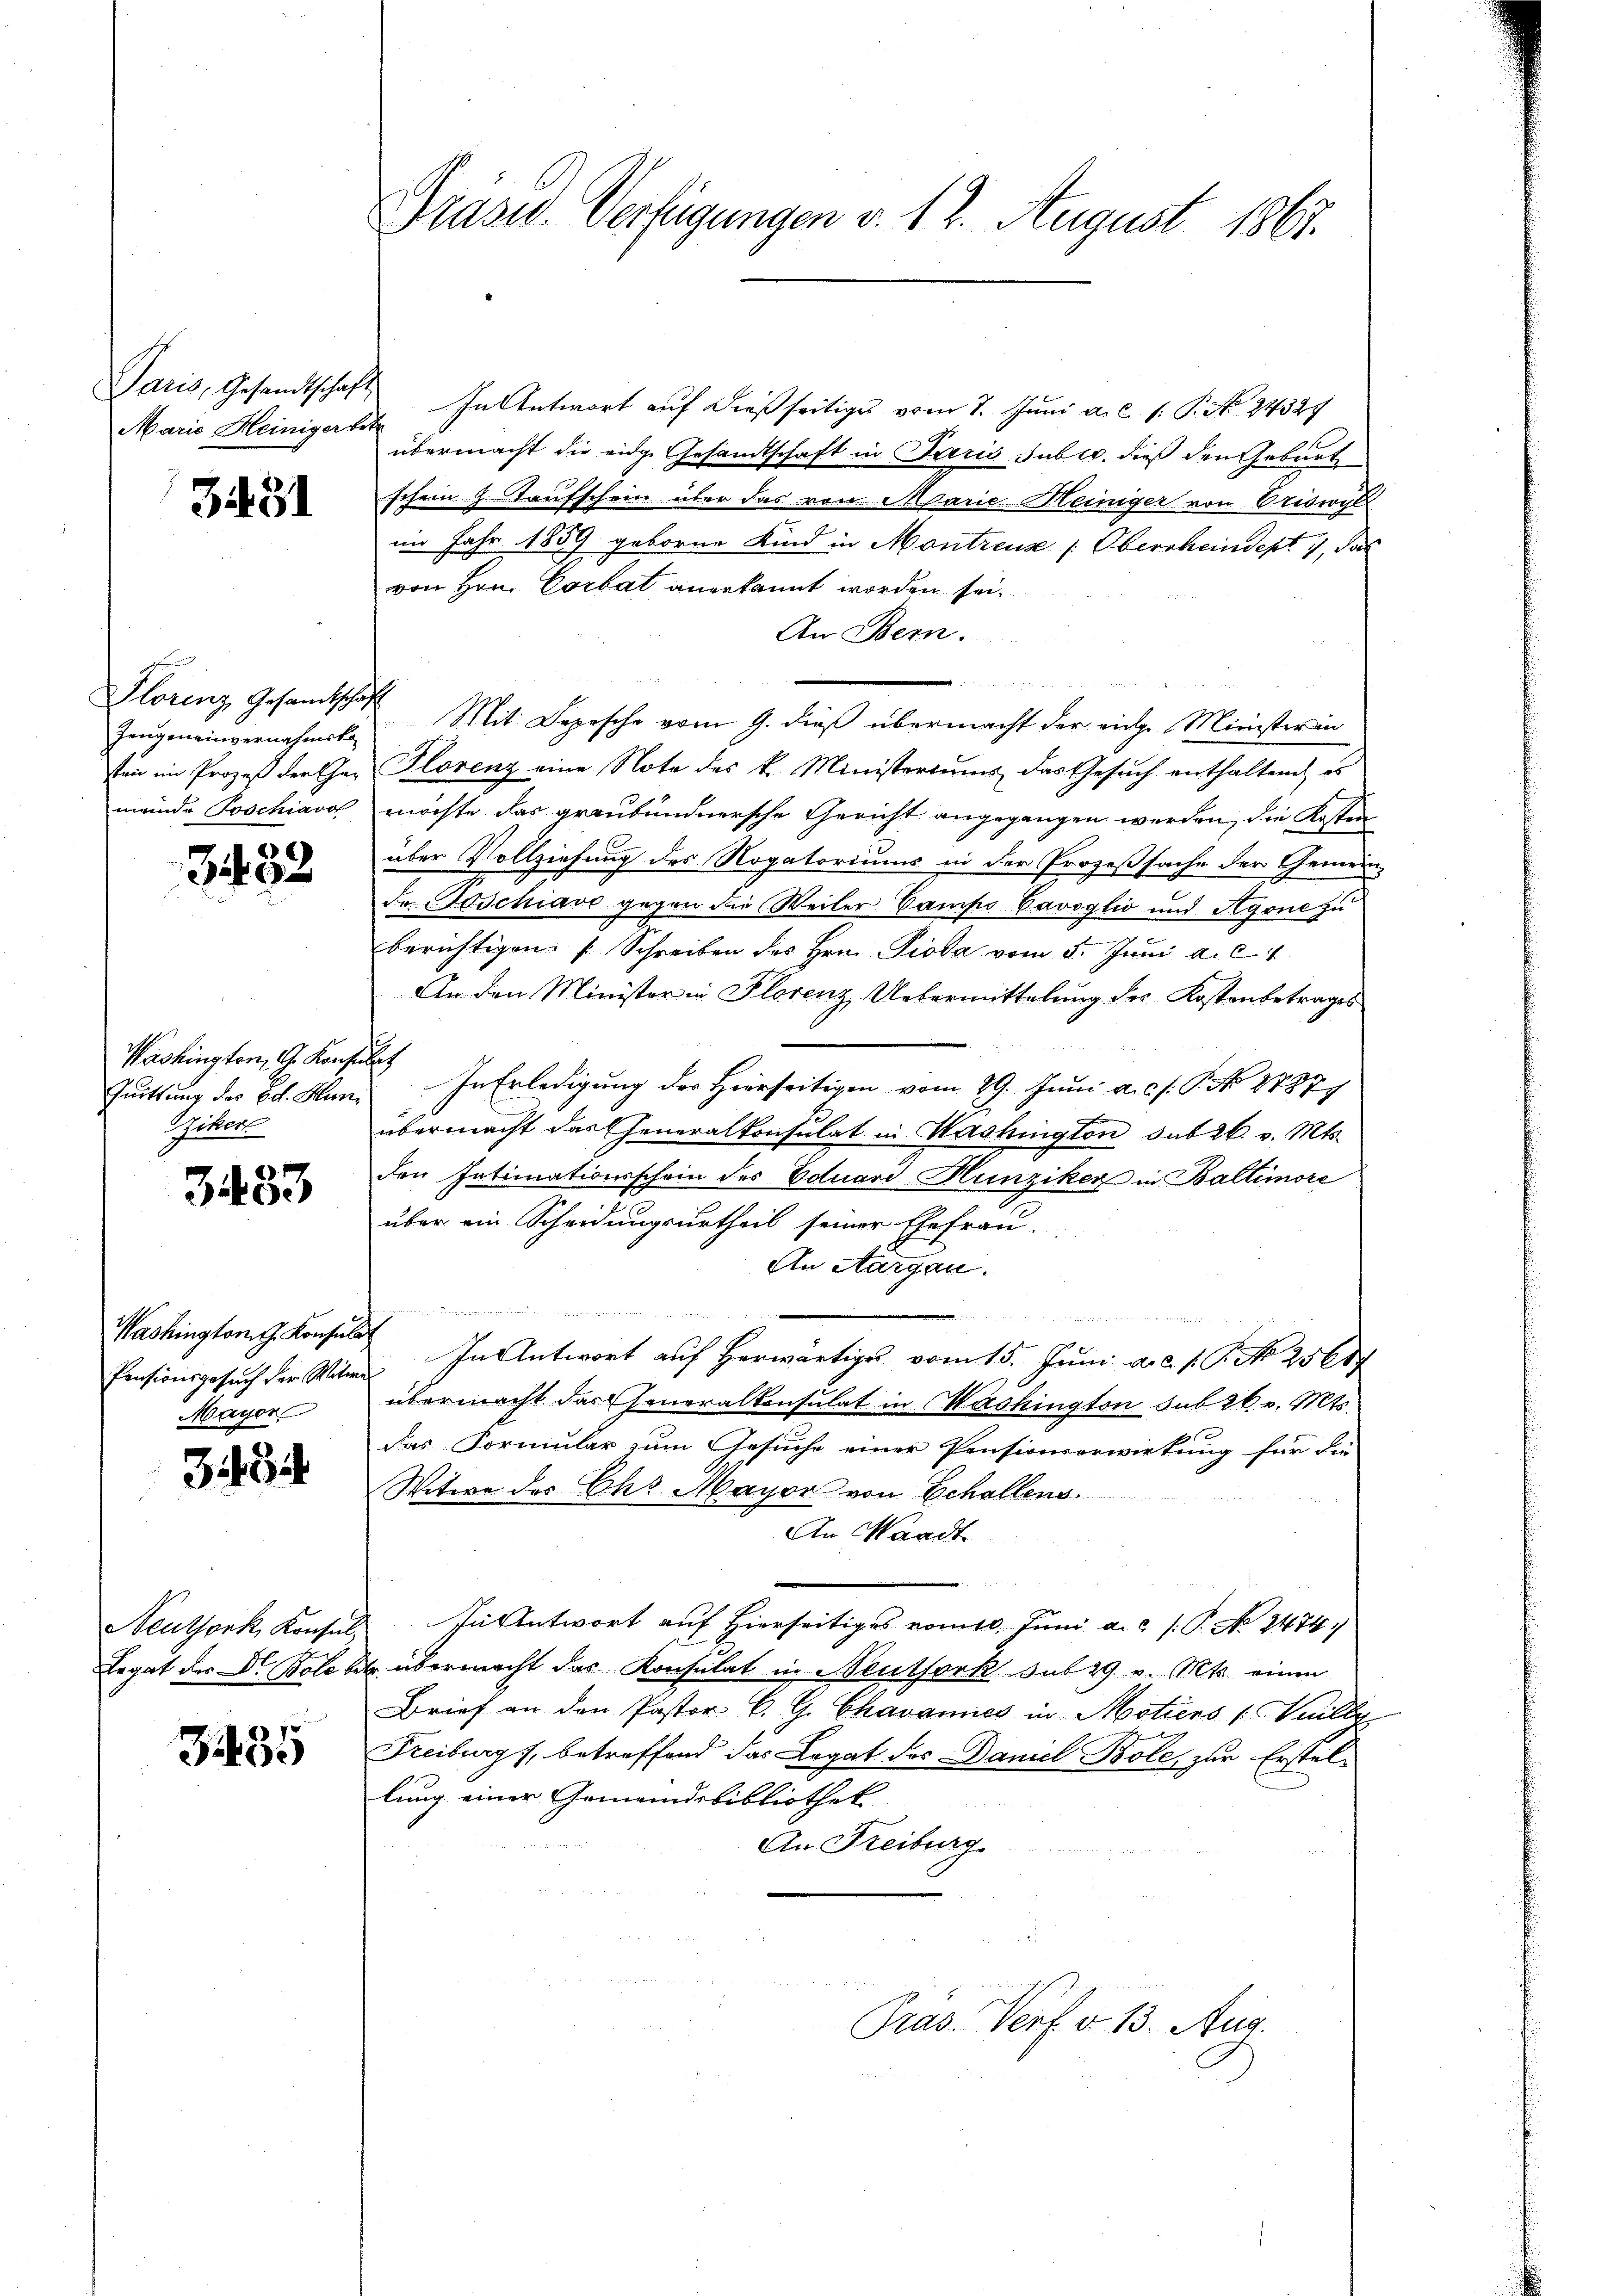
Marie Heiniger betr

31451

Florenz Gesandtschaf
Zeugeneinvernahmsko
meinde Poschiaro

3432

Washingten, G. Konsen
Quittung der Bol. Man¬
Giken

3483

Washingtons Konsulat
Mayer

348

Neuthork, Konsul-
Legat der Dr. Bole ber

3435

Präsid. Verfügungen v. 12. August 1863.

Paris, Gesandtschaft In Antwort auf dießseitige vom 7. Juni a. c. 1. P. No. 24327
übermacht die eidge Gesandtschaft in Jaris suber, dieß den Geburt
schein G. Taufschein über das von Marie Heiniger von Oriswyll
im Jahr 1859 geborne Kind in Montreuse (Oberrheindept, das
von Hrn. Corbat anerkannt worden sei.
An Bern.

Mit Depesche vom 9. dieß übermacht der eige Minister in
sten im Prozeß der Eher Plorenz eine Note des k. Ministeriums das Gesuch enthaltend es
möchte das graubündnersche Gericht angegangen werden, die Kosten
über Vollziehung des Rogatoriums in der Prozeßsache der Gemeinde Poschiavo gegen die Weiler Campo Cavoglio und Agone zu
berichtigen. Schreiben des Hrn. Pioda vom 5. Juni a. c.
An den Minister in Plorenz, Uebermittelung des Kostenbetrages
 In Erledigung des Herrseitigen vom 29. Juni a.c. s. S. No 8787
übermacht das Generalkonsulat in Washington sub 26. v. Mts.
den Intimationsschein des Eduard Hunziker in Baltimore
über ein Scheidungsurtheil seiner Ehefrau.
An Aargau.

B
n
Pensionsgesŭch der Witwe In Antwort auf herwärtiges vom 15. Juni a.c. s. S. N. 2568
übermacht darfeneralkonsulat in Washington sub 26. v. Mts.
das Formular zum Gesuche einer Pensionsorwirkung für die
Witwe der Chr. Mayor von Echallens
An Waadt
Füsentwort auf Hierseitiges vom 10. Juni a.c. s. P. No 2474
u übermacht das Konsulat in Neuthork sub 29. v. Mts. einen
Brief an den Pastor C. G. Chavannes in Motiers (Weille
Freiburg s. betreffend das Legat des Daniel Bole, zur Erstellung einer Gemeindsbibliothek
An Freiburg

Pras. Verf. v. 13. Aug.